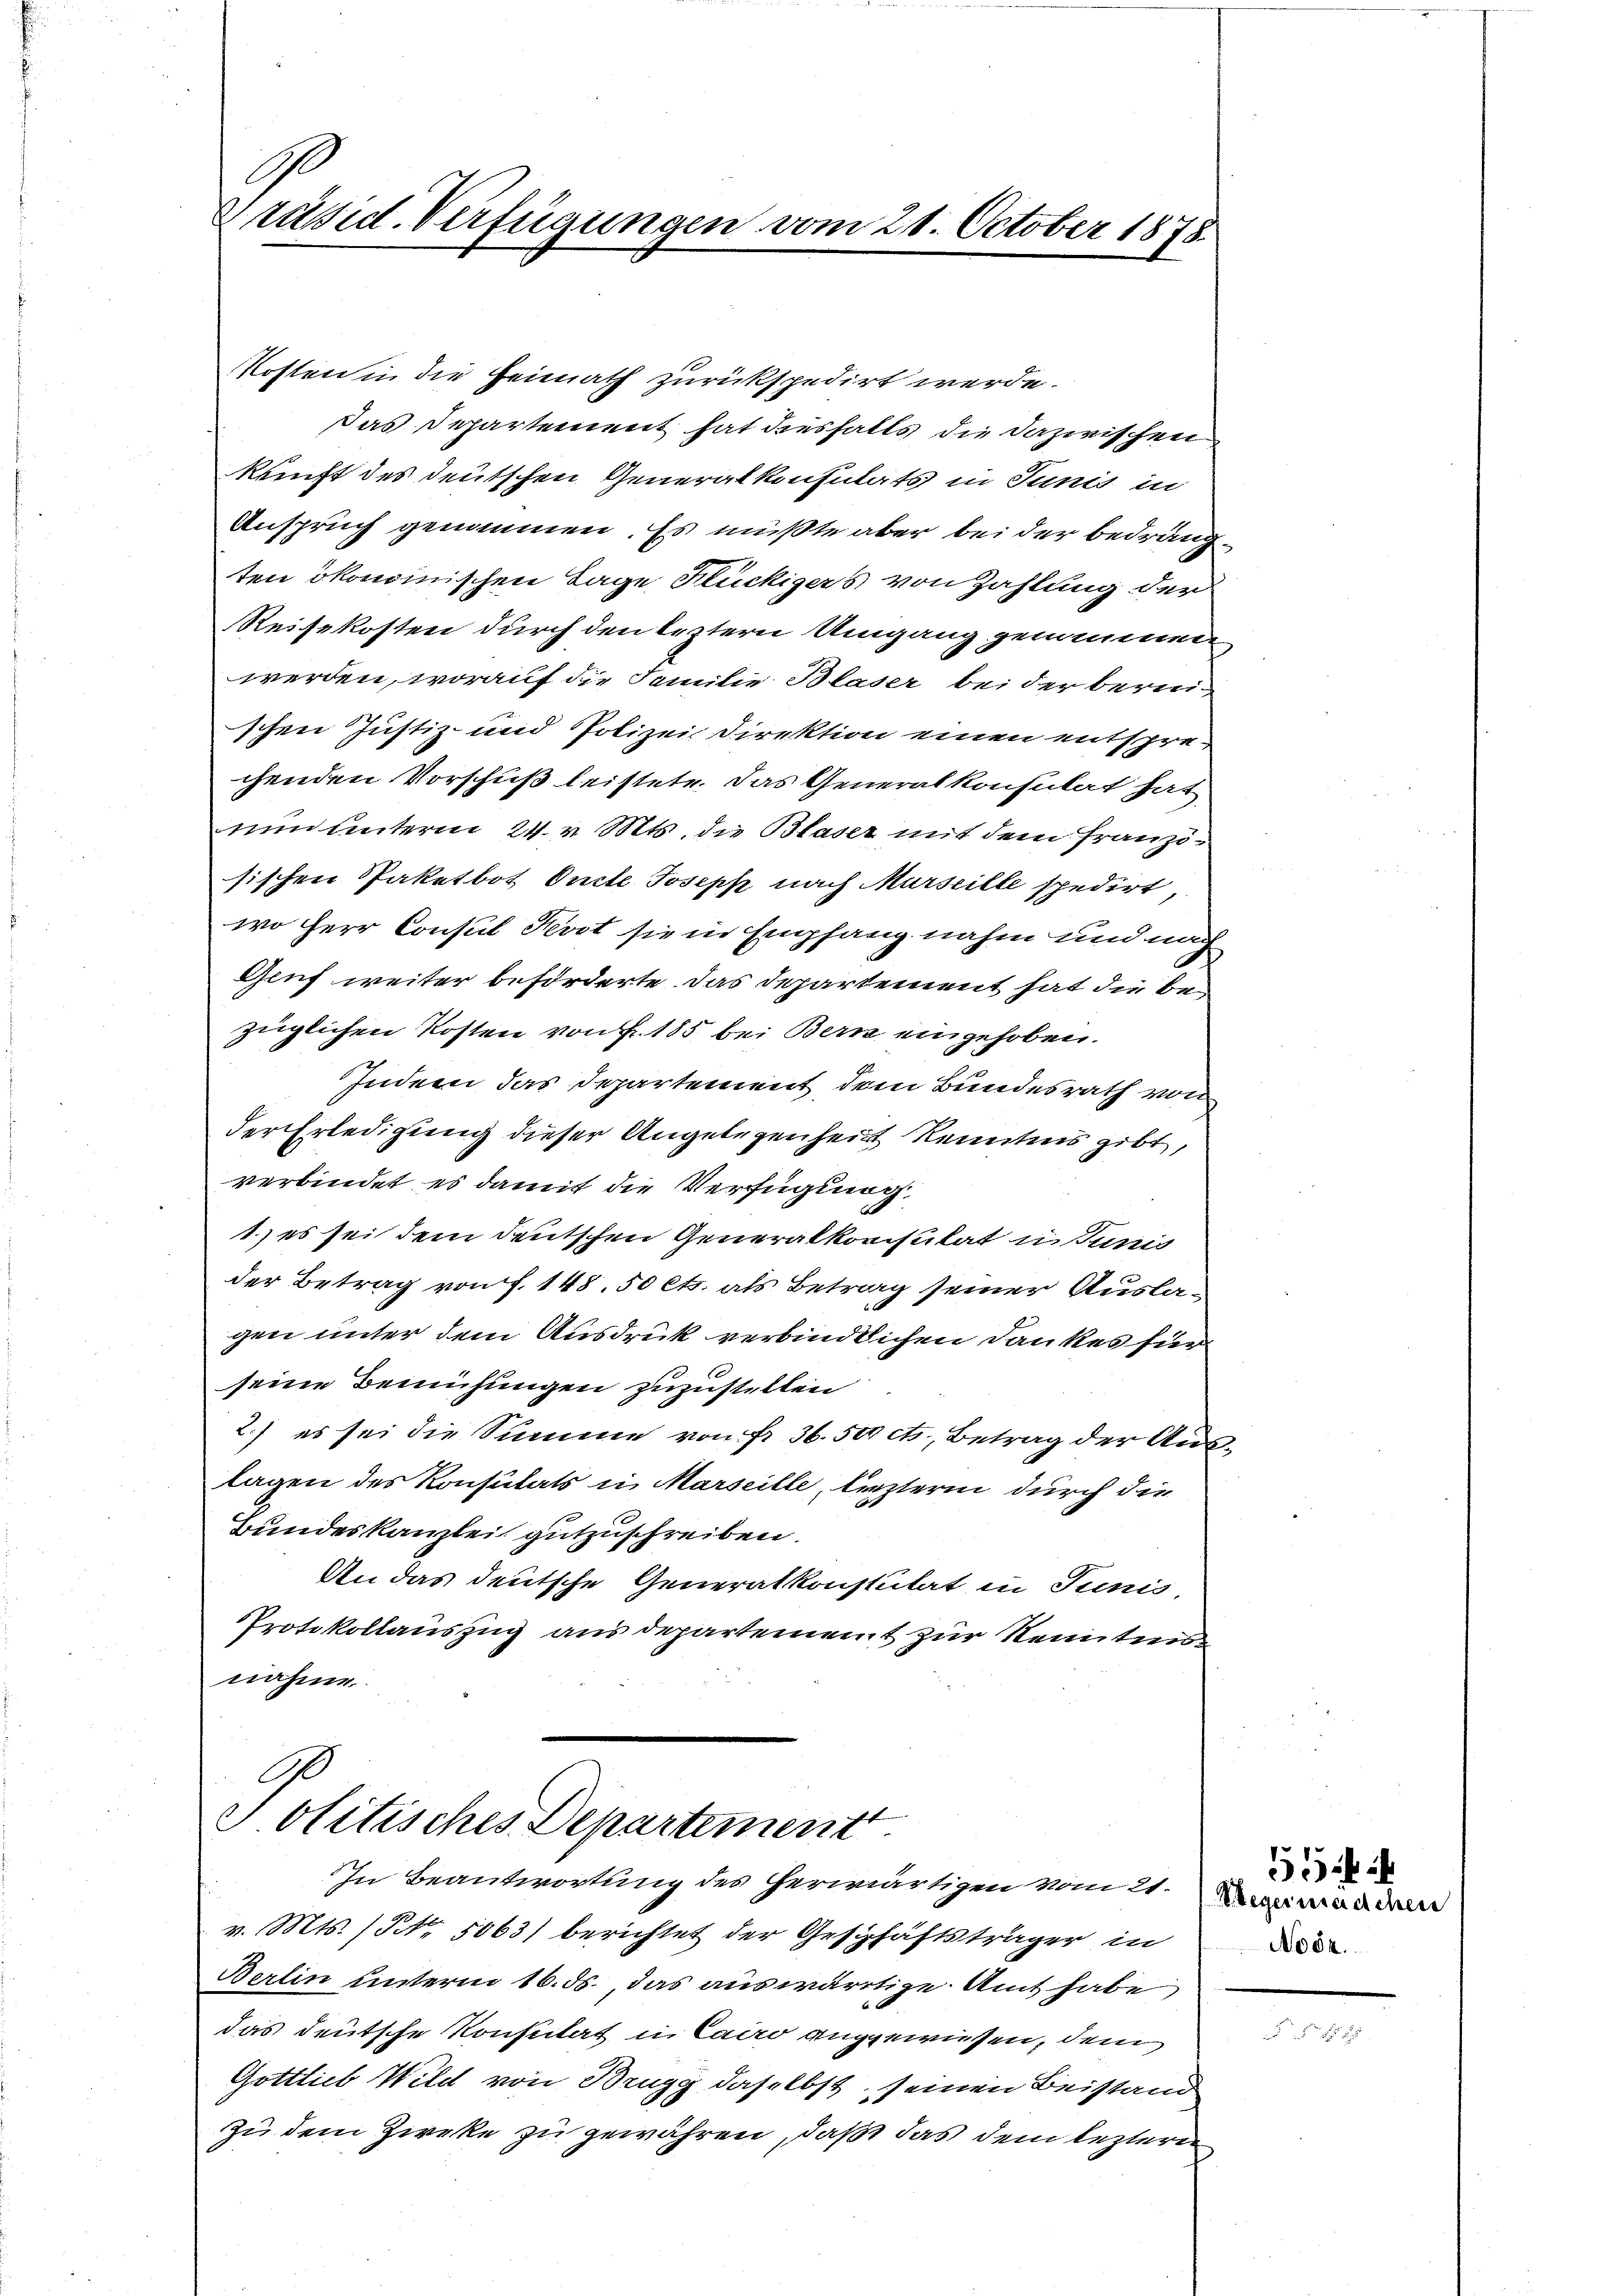
Ge
Präsid. Verfügungen vom 21. October 1878

Kosten in die Heimath zurückspedirt werde.
Das Departement hat diesfalls die dazwischen
kunft des deutschen Generalkonsulats in Junis in
Anspruch genommen. Es müßte aber bei der bedrängten ökonomischen Lage Flückigers von Zahlung der
Reisekosten durch den leztern Umgang genommen
werden, worauf die Familie Blaser bei der bereischen Justiz- und Polizei Direktion einen entsprechenden Vorschuß leistete. Das Generalkonsulat hat
nun unterm 24. v. Mts. die Blaser mit dem Franzö-
sischen Paketbot Oncte Joseph nach Marseille spedirt
wo Herr Consul Nevot sie in Empfang nahm und nach
Gruf weiter beförderte das Departement hat die bezüglichen Kosten von fr. 185 bei Bern eingehoben.
Indem das Departement dem Bundesrath von
der Erledigung dieser Angelegenheit kenntnis gibt,
verbindet es damit die Verfügung
1.) es sei dem deutschen Generalkonsulat in Junis
der Betrag von f. 148. 50 Cts. als Betrag seiner Auslagen unter dem Ausdruck verbindlichen Dankes für
seine Bemühungen zuzustellen
2.) es sei die Summe von fr. 36. 50 cts. Betrag der Auslagen des Konsulats in Marseille, lezterm durch die
Bundeskanzlei gutzuschreiben.
An das deutsche Generalkonstitat in Junis
Protokollauszug aus departement zur Kenntnis
nahme.

Politisches Departement
In Beantwortung des herwärtigen vom 21. Nun war den

v. Mts. (Nr. 5063) berichtet der Geschäftsträger in
Berlin unterm 16. ds., das auswärtige Amt habe
das deutsche Konstitat in Cairo angewiesen, dem
Gottlieb Wild von Brugg daselbst, seinen Beistand
Zu dem Zircke zu gewähren, daß das dem leztern

55
Nobr.